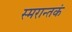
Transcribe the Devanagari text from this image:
स्मरान्तकं